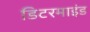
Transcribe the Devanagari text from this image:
डिटरमाइंड